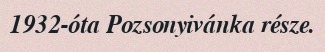
1932-óta Pozsonyivánka része.